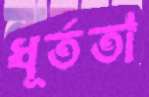
ধূর্ততা